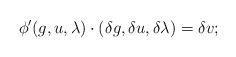
LaTeX: \begin{align*}\phi'(g,u,\lambda)\cdot (\delta g,\delta u, \delta \lambda) = \delta v;\end{align*}